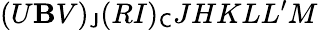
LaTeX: (U\mathbf{B}V)_{\mathsf{{J}}}(RI)_{\mathsf{{C}}}JHKLL^{\prime}M